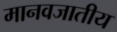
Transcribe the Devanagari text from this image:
मानवजातीय